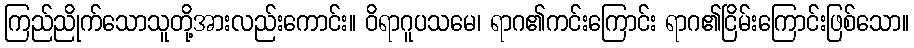
ကြည်ညိုက်သောသူတို့အားလည်းကောင်း။ ဝိရာဂူပသမေ၊ ရာဂ၏ကင်းကြောင်း ရာဂ၏ငြိမ်းကြောင်းဖြစ်သော။